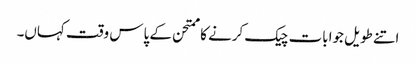
اتنے طویل جوابات چیک کرنے کا ممتحن کے پاس وقت کہاں۔